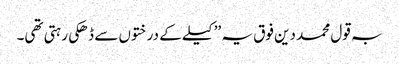
بہ قول محمد دین فوق یہ ’’کیلے کے درختوں سے ڈھکی رہتی تھی۔